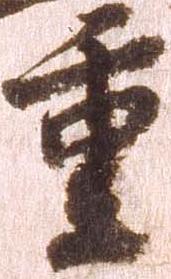
重